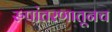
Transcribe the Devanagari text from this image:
रुपांतरणातूनच